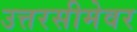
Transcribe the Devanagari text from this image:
उत्तरसीमेवर